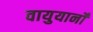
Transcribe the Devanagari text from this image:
वायुयानोँ